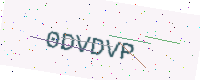
Text: 0DVDVP